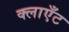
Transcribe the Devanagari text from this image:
क्लाएँट